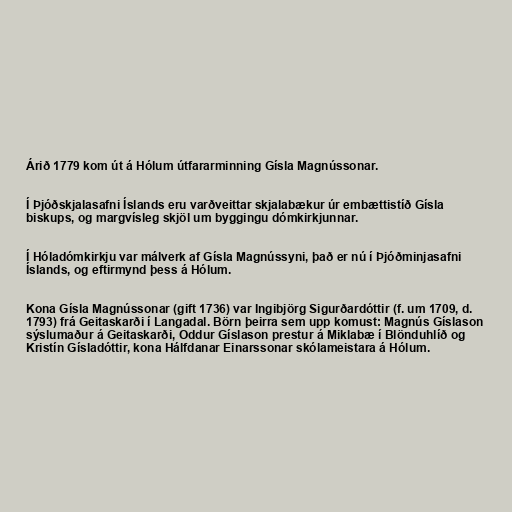
Árið 1779 kom út á Hólum útfararminning Gísla Magnússonar.

Í Þjóðskjalasafni Íslands eru varðveittar skjalabækur úr embættistíð Gísla
biskups, og margvísleg skjöl um byggingu dómkirkjunnar.

Í Hóladómkirkju var málverk af Gísla Magnússyni, það er nú í Þjóðminjasafni
Íslands, og eftirmynd þess á Hólum.

Kona Gísla Magnússonar (gift 1736) var Ingibjörg Sigurðardóttir (f. um 1709, d.
1793) frá Geitaskarði í Langadal. Börn þeirra sem upp komust: Magnús Gíslason
sýslumaður á Geitaskarði, Oddur Gíslason prestur á Miklabæ í Blönduhlíð og
Kristín Gísladóttir, kona Hálfdanar Einarssonar skólameistara á Hólum.